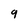
Character: 9